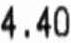
4.40